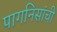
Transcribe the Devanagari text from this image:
पागनिसांची